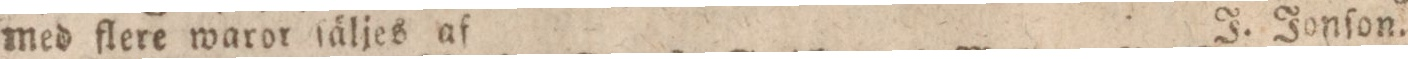
med flere waror ſäljes af    J. Jonſon.